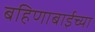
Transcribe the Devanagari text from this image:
बहिणाबाईच्‍या